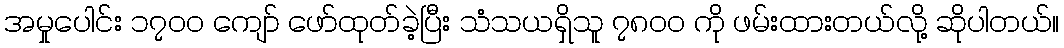
အမှုပေါင်း ၁၇၀၀ ကျော် ဖော်ထုတ်ခဲ့ပြီး သံသယရှိသူ ၇၈၀၀ ကို ဖမ်းထားတယ်လို့ ဆိုပါတယ်။